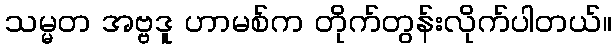
သမ္မတ အဗ္ဗဒူ ဟာမစ်က တိုက်တွန်းလိုက်ပါတယ်။